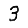
Digit: 3